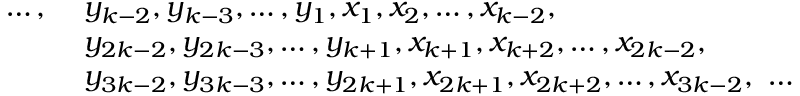
\begin{array} { r l } { \ldots , \ } & { y _ { k - 2 } , y _ { k - 3 } , \ldots , y _ { 1 } , x _ { 1 } , x _ { 2 } , \ldots , x _ { k - 2 } , } \\ & { y _ { 2 k - 2 } , y _ { 2 k - 3 } , \ldots , y _ { k + 1 } , x _ { k + 1 } , x _ { k + 2 } , \ldots , x _ { 2 k - 2 } , } \\ & { y _ { 3 k - 2 } , y _ { 3 k - 3 } , \ldots , y _ { 2 k + 1 } , x _ { 2 k + 1 } , x _ { 2 k + 2 } , \ldots , x _ { 3 k - 2 } , \ \ldots } \end{array}